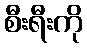
စီးရီးကို